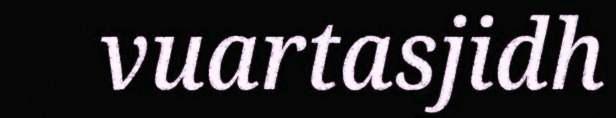
vuartasjidh